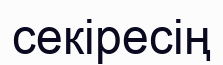
секіресің